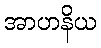
အာဟနိယ